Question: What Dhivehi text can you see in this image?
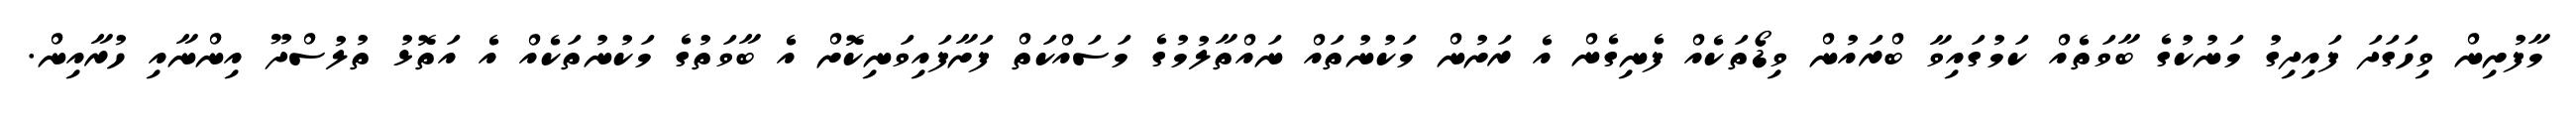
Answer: މާފުށިން ވިހަގަދަ ފައިދިގު މަނުކުގެ ބާވަތެއް ކަމުގައިވާ ބްރައުން ވިޑޯތަކެއް ފެނިގެން އެ ރަށުން މަކުނުތައް ނައްތާލުމުގެ މަސައްކަތް ފަށާފައިވަނިކޮށް އެ ބާވަތުގެ މަކުނުތަކެއް އެ އަތޮޅު ތުލުސްދޫ އިންނާއި ހުރާއިން.